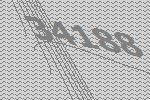
34188